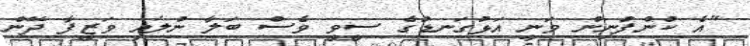
"އެ ކުންފުނިން ވަނީ އަޅުގަނޑުގެ ސީވީ ވެސް ބަލާ ނުލައި ވަޒީފާ ދޭން